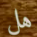
هل